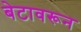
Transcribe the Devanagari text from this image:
बेटावरून